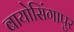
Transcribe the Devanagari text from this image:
बायोसिंगापुर